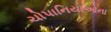
ચોપાનિયાઓના